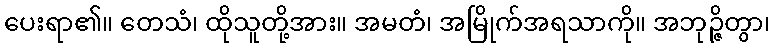
ပေးရာ၏။ တေသံ၊ ထိုသူတို့အား။ အမတံ၊ အမြိုက်အရသာကို။ အဘုဉ္ဇိတွာ၊